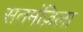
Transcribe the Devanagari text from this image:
सतमंज़िला